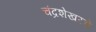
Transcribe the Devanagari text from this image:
चंद्रशेखरचे